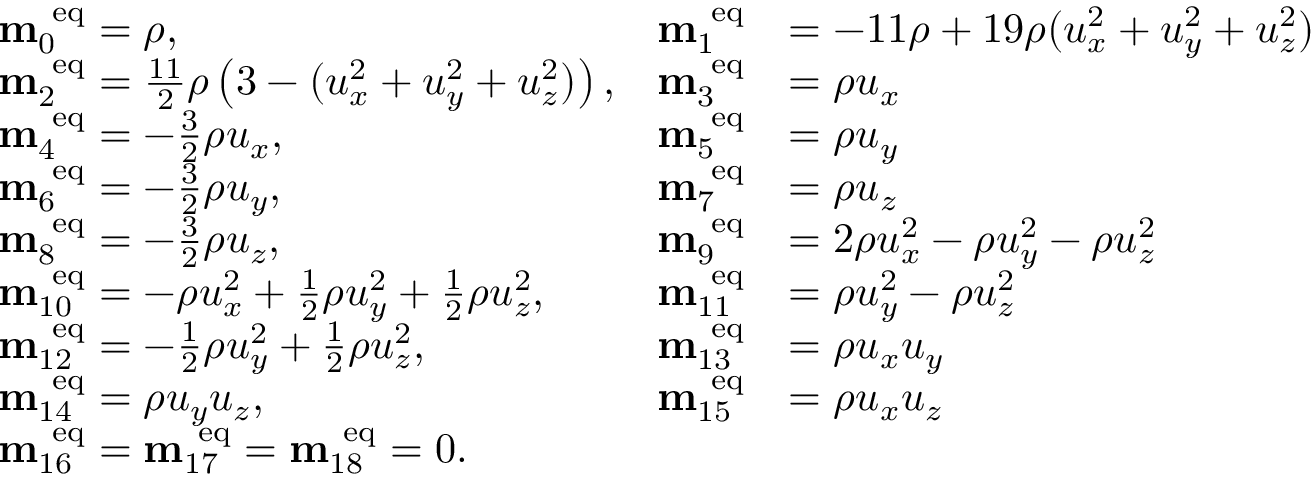
\begin{array} { r l r l } & { \mathbf { m } _ { 0 } ^ { \mathrm { ~ e q } } = \rho , } & { \mathbf { m } _ { 1 } ^ { \mathrm { ~ e q } } } & { = - 1 1 \rho + 1 9 \rho ( u _ { x } ^ { 2 } + u _ { y } ^ { 2 } + u _ { z } ^ { 2 } ) } \\ & { \mathbf { m } _ { 2 } ^ { \mathrm { ~ e q } } = \frac { 1 1 } { 2 } \rho \left( 3 - ( u _ { x } ^ { 2 } + u _ { y } ^ { 2 } + u _ { z } ^ { 2 } ) \right) , } & { \mathbf { m } _ { 3 } ^ { \mathrm { ~ e q } } } & { = \rho u _ { x } } \\ & { \mathbf { m } _ { 4 } ^ { \mathrm { ~ e q } } = - \frac { 3 } { 2 } \rho u _ { x } , } & { \mathbf { m } _ { 5 } ^ { \mathrm { ~ e q } } } & { = \rho u _ { y } } \\ & { \mathbf { m } _ { 6 } ^ { \mathrm { ~ e q } } = - \frac { 3 } { 2 } \rho u _ { y } , } & { \mathbf { m } _ { 7 } ^ { \mathrm { ~ e q } } } & { = \rho u _ { z } } \\ & { \mathbf { m } _ { 8 } ^ { \mathrm { ~ e q } } = - \frac { 3 } { 2 } \rho u _ { z } , } & { \mathbf { m } _ { 9 } ^ { \mathrm { ~ e q } } } & { = 2 \rho u _ { x } ^ { 2 } - \rho u _ { y } ^ { 2 } - \rho u _ { z } ^ { 2 } } \\ & { \mathbf { m } _ { 1 0 } ^ { \mathrm { ~ e q } } = - \rho u _ { x } ^ { 2 } + \frac { 1 } { 2 } \rho u _ { y } ^ { 2 } + \frac { 1 } { 2 } \rho u _ { z } ^ { 2 } , } & { \mathbf { m } _ { 1 1 } ^ { \mathrm { ~ e q } } } & { = \rho u _ { y } ^ { 2 } - \rho u _ { z } ^ { 2 } } \\ & { \mathbf { m } _ { 1 2 } ^ { \mathrm { ~ e q } } = - \frac { 1 } { 2 } \rho u _ { y } ^ { 2 } + \frac { 1 } { 2 } \rho u _ { z } ^ { 2 } , } & { \mathbf { m } _ { 1 3 } ^ { \mathrm { ~ e q } } } & { = \rho u _ { x } u _ { y } } \\ & { \mathbf { m } _ { 1 4 } ^ { \mathrm { ~ e q } } = \rho u _ { y } u _ { z } , } & { \mathbf { m } _ { 1 5 } ^ { \mathrm { ~ e q } } } & { = \rho u _ { x } u _ { z } } \\ & { \mathbf { m } _ { 1 6 } ^ { \mathrm { ~ e q } } = \mathbf { m } _ { 1 7 } ^ { \mathrm { ~ e q } } = \mathbf { m } _ { 1 8 } ^ { \mathrm { ~ e q } } = 0 . } \end{array}